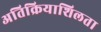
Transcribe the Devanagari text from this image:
अतिक्रियाशिलता